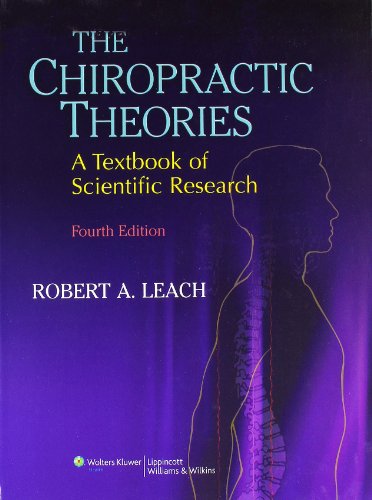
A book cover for The Chiropractic Theories: A Textbook of Scientific Research; Robert A. Leach DC  FICC; Medical Books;